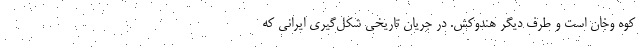
کوه وخان است و طرف دیگر هندوکش. در جریان تاریخی شکل‌گیری ایرانی که